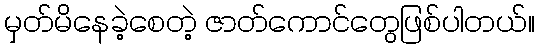
မှတ်မိနေခဲ့စေတဲ့ ဇာတ်ကောင်တွေဖြစ်ပါတယ်။